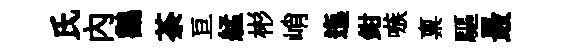
氏内鸛荼亘艋彬峭迤鉗嗾禀驅最